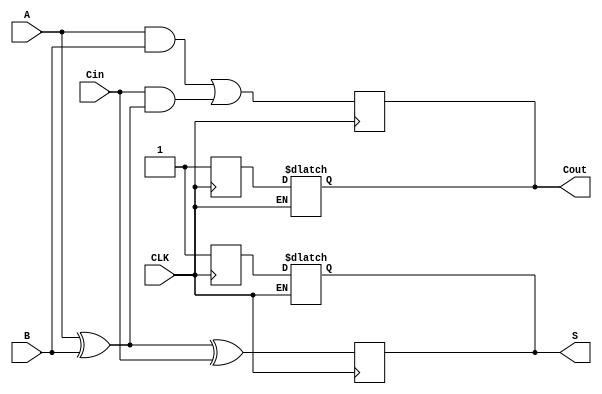
module dynamic_full_adder (
    input wire A,        // First input bit
    input wire B,        // Second input bit
    input wire Cin,      // Carry input bit
    input wire CLK,      // Clock signal
    output reg S,        // Sum output
    output reg Cout      // Carry output
);

    // Internal signals for precharge and evaluate phases
    reg S_precharge;
    reg Cout_precharge;

    always @(posedge CLK) begin
        // Evaluate phase
        // Calculate Sum (S) and Carry-out (Cout)
        S = A ^ B ^ Cin; // S = A  B  Cin
        Cout = (A & B) | (Cin & (A ^ B)); // Cout = (A  B) + (Cin  (A  B))
    end

    always @(negedge CLK) begin
        // Precharge phase
        S_precharge <= 1; // Precharge S to high
        Cout_precharge <= 1; // Precharge Cout to high
    end

    always @(*) begin
        // Output logic based on the precharge state
        if (CLK == 0) begin
            S = S_precharge;
            Cout = Cout_precharge;
        end
    end

endmodule